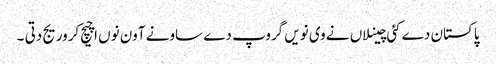
پاکستان دے کئی چینلاں نے وی نویں گروپ دے ساونے آون نوں اچیچ کروریج دتی ۔